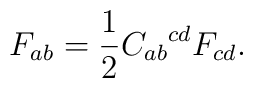
F_{ab}= \frac12 {C_{ab}}^{cd} F_{cd}.